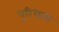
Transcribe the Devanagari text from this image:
पूरीधाम